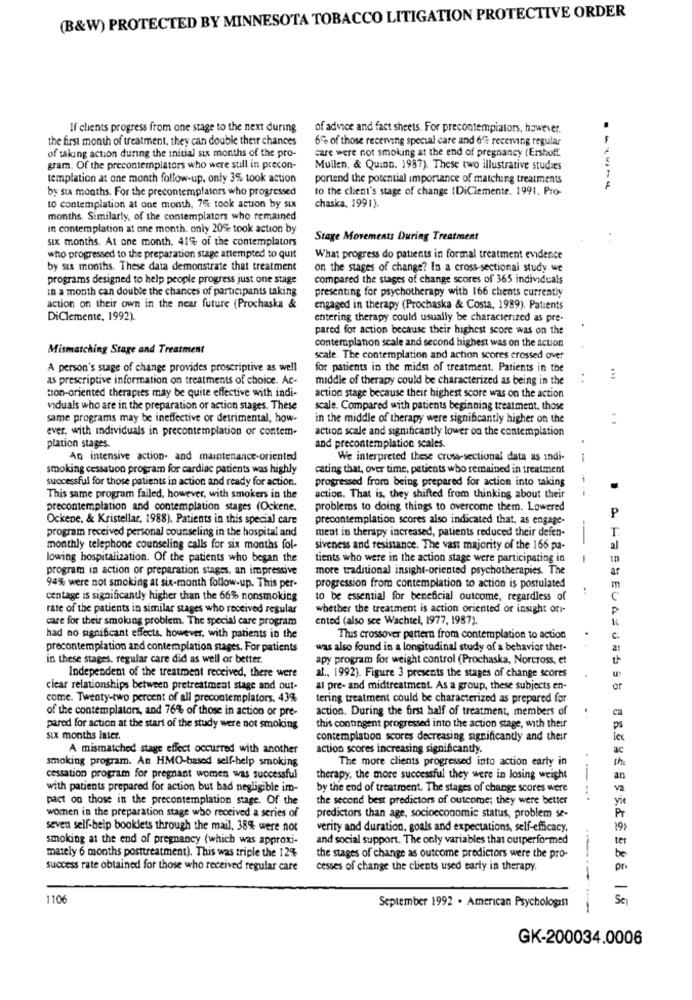
(B&W) PROTECTED BY MINNESOTA TOBACCO LITIGATION PROTECTIVE ORDER
If clients progress from one stage to the next during
of advice and fact sheets. For precontempiators, however.
the first month of treatment, they can double their chances
6% of those receiving special care and 6ff receiving regular
of taking action during the initial six months of the pro-
care were not smoking at the end of pregnancy (Ershoff.
gram. Of the precontemplators who were still in precon-
Mullen, & Quinn. 1987). These two illustrative studies
templation at one month follow-up, only 3%, took action
portend the potential importance of matching treatments
by six months. For the precontemplators who progressed
to the client's stage of change (DiClemente. 1991. Pro-
10 contemplation at one month, 7% took action by six
chaska, 1991).
months. Similarly, of the contemplators who remained
in contemplation at one month. only 20% took action by
six months. At one month. 41% of the contemplators
Stage Movements During Treatment
. .
who progressed to the preparation stage attempted to quit
What progress do patients in formal treatment evidence
by six months. These data demonstrate that treatment
on the stages of change? In a cross-sectional study we
programs designed to help people progress just one stage
compared the stages of change scores of 365 individuals
In a month can double the chances of participants taking
presenting for psychotherapy with 166 chents currently
action on their own in the near future (Prochaska &
engaged in therapy (Prochaska & Costa, 1989). Patients
DiClemente, 1992).
entering therapy could usually be characterized as pre-
pared for action because their highest score was on the
contemplation scale and second highest was on the action
Mismatching Stage and Treatment
scale. The contemplation and action scores crossed over
A person's stage of change provides proscriptive as well
for patients in the midst of treatment. Patients in the
as prescriptive information on treatments of choice. Ac-
middle of therapy could be characterized as being in the
..
ton-oriented therapies may be quite effective with indi-
action stage because their highest score was on the action
viduals who are in the preparation or action stages. These
scale. Compared with patients beginning treatment, those
same programs may be ineffective or detrimental, how-
in the middle of therapy were significantly higher on the
ever. with individuals in precontemplation or contem-
action scale and significantly lower on the contemplation
and precontemplation scales.
plation stages.
An intensive action- and maintenance-oriented
We interpreted these cross-sectional data as indi-
smoking cessation program for cardiac patients was highly
cating that, over time, patients who remained in treatment
successful for those patients in action and ready for action.
progressed from being prepared for action into taking
- --
This same program failed, however, with smokers in the
action. That is, they shifted from thinking about their
precontemplation and contemplation stages (Ockene.
problems to doing things to overcome them. Lowered
Ockene. & Kristellar. 1988). Patients in this special care
precontemplation scores also indicated that. as engage-
P
program received personal counseling in the hospital and
ment in therapy increased, patients reduced their defen-
monthly telephone counseling calls for six months fol-
siveness and resistance. The vast majority of the 166 pa-
lowing hospitalization. Of the patients who began the
tients who were in the action stage were participating in
- -
program in action of preparation stages, an impressive
more traditional insight-oriented psychotherapies. The
ar
94% were not smoking at six-month follow-up. This per-
progression from contemplation to action is postulated
m
centage is significantly higher than the 66% nonsmoking
to be essential for beneficial outcome, regardless of
C
rate of the patients in similar stages who received regular
whether the treatment is action oriented or insight ori-
care for their smoking problem. The special care program
ented (also see Wachtel, 1977, 1987).
had no significant effects. however, with patients in the
This crossover pattern from contemplation to action
precontemplation and contemplation stages. For patients
was also found in a longitudinal study of a behavior ther-
in these stages, regular care did as well or better.
apy program for weight control (Prochaska, Norcross, et
Independent of the treatment received, there were
al ., 1992). Figure 3 presents the stages of change scores
clear relationships between pretreatment stage and out-
al pre- and midtreatment. As a group, these subjects en-
or
come. Twenty-two percent of all precontemplators, 43%
tering treatment could be characterized as prepared for
of the contemplators, and 76% of those in action or pre-
action. During the first half of treatment, members of
ca
pared for action at the start of the study were not smoking
this contingent progressed into the action stage, with their
six months later.
contemplation scores decreasing significantly and their
A mismatched stage effect occurred with another
action scores increasing significantly.
smoking program. An HMO-based self-help smoking
The more clients progressed into action early in
th
cessation program for pregnant women was successful
therapy, the more successful they were in losing weight
an
with patients prepared for action but bad negligible im-
by the end of treatment. The stages of change scores were
va
pact on those in the precontemplation stage. Of the
the second best predictors of outcome; they were better
---.
vie
women in the preparation stage who received a series of
predictors than age, socioeconomic status, problem se-
PT
seven self-help booklets through the mail, 38% were not
verity and duration, goals and expectations, self-efficacy,
197
smoking at the end of pregnancy (which was approxi-
and social support. The only variables that outperformed
ter
mately 6 months posttreatment). This was triple the 12%
the stages of change as outcome predictors were the pro-
be
success rate obtained for those who received regular care
cesses of change the clients used early in therapy.
pr
1106
Se
September 1992 . American Psychologist
------
GK-200034.0006